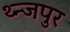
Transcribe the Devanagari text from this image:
थ्न्जपुर